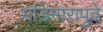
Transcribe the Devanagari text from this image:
भडिमारापुढे